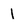
Character: 1